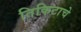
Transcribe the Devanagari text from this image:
तिकिटाचे